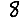
Digit: 8